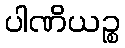
ပါဏိယဉ္စ